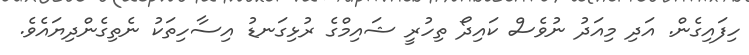
ހިފައިގެން. އަދި މިއަދު ނުވެސް ކައިދޯ ތިހުރީ ޝައިމްގެ ރުޅިގަނޑު އިސާހިތަކު ނެތިގެންދިޔައެވެ.